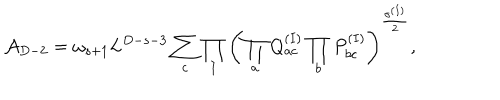
LaTeX: { \cal A } _ { D - 2 } = \omega _ { s + 1 } L ^ { D - s - 3 } \sum _ { c } \prod _ { I } \left( \prod _ { a } Q _ { a c } ^ { ( I ) } \prod _ { b } P _ { b c } ^ { ( I ) } \right) ^ { \frac { \sigma ^ { ( I ) } } { 2 } } ,